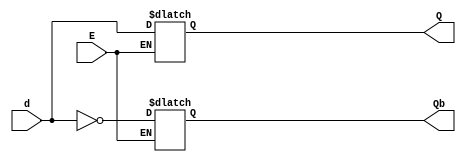
`timescale 1ns / 1ps
//////////////////////////////////////////////////////////////////////////////////
// Company: 
// Engineer: 
// 
// Design Name: 
// Module Name:    D-latch-if 
// Project Name: 
// Target Devices: 
// Tool versions: 
// Description: 
//
// Dependencies: 
//
// Revision: 
// Revision 0.01 - File Created
// Additional Comments: 
//
//////////////////////////////////////////////////////////////////////////////////
module D_latch (d, E, Q, Qb);
	input d, E;
	output Q, Qb;
	reg Q, Qb;
	always @ (d, E) begin
		if (E == 1) begin
			Q = d;
			Qb = ~ Q; 
		end
	end
endmodule